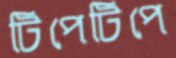
টিপেটিপে